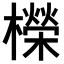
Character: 𣞁